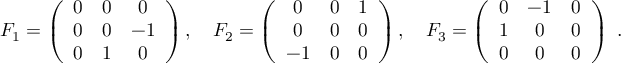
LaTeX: F _ { 1 } = \left( { \begin{array} { c c c } { 0 } & { 0 } & { 0 } \\ { 0 } & { 0 } & { - 1 } \\ { 0 } & { 1 } & { 0 } \end{array} } \right) , \quad F _ { 2 } = \left( { \begin{array} { c c c } { 0 } & { 0 } & { 1 } \\ { 0 } & { 0 } & { 0 } \\ { - 1 } & { 0 } & { 0 } \end{array} } \right) , \quad F _ { 3 } = \left( { \begin{array} { c c c } { 0 } & { - 1 } & { 0 } \\ { 1 } & { 0 } & { 0 } \\ { 0 } & { 0 } & { 0 } \end{array} } \right) ~ . \quad